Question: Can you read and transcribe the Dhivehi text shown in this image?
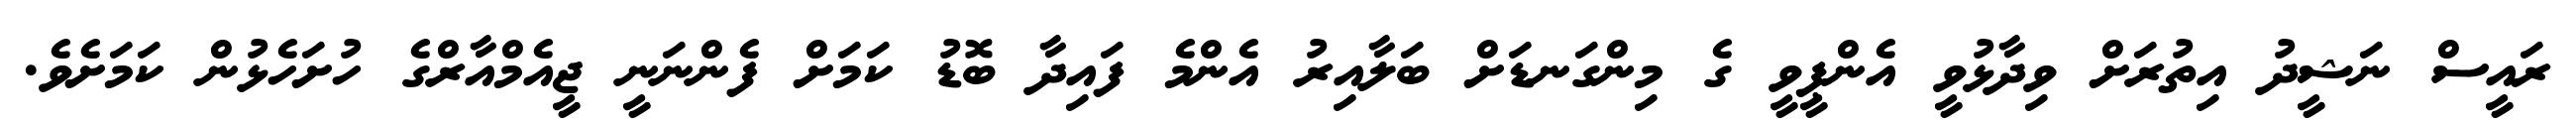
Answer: ރައީސް ނަޝީދު އިތުރަށް ވިދާޅުވީ އެންޕީވީ ގެ މިންގަނޑަށް ބަލާއިރު އެންމެ ފައިދާ ބޮޑު ކަމަށް ފެންނަނީ ޖީއެމްއާރްގެ ހުށަހެޅުން ކަމަށެވެ.